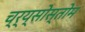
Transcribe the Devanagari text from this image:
च्र्य्सोस्तोम